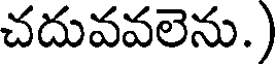
చదువవలెను.)